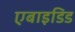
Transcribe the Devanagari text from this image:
एबाइडिड